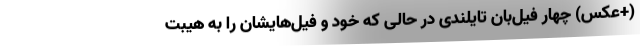
(+عکس) چهار فیل‌بان تایلندی در حالی که خود و فیل‌هایشان را به هیبت